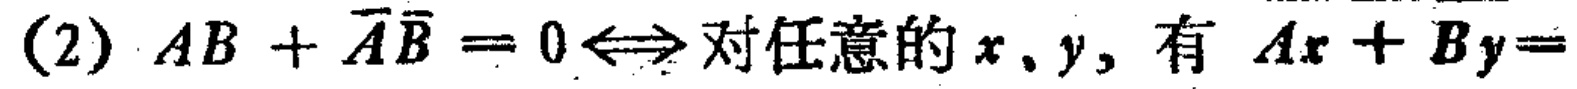
(2) \(AB+\overline{A}\overline{B}=0\Leftrightarrow\)对任意的\(x\)、\(y\)，有 \(Ax + By=\)